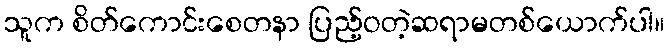
သူက စိတ်ကောင်းစေတနာ ပြည့်ဝတဲ့ဆရာမတစ်ယောက်ပါ။